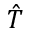
\hat { T }